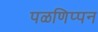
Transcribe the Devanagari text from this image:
पळणिप्पन